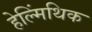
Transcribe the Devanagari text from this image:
हेल्मिंथिक